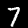
Label: 7